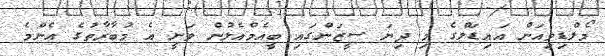
މޯލްޑިވިއަން އައިޑަލްގެ މި ދިޔަ ސީޒަންގައި ބީއެމްއެލުން ވަނީ އެ މުބާރާތުގެ އެންމެ